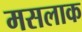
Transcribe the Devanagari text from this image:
मसलाक